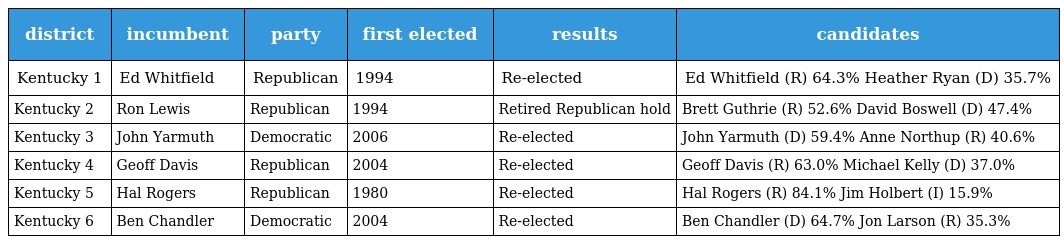
| district | incumbent | party | first elected | results | candidates |
 | --- | --- | --- | --- | --- | --- |
 | Kentucky 1 | Ed Whitfield | Republican | 1994 | Re-elected | Ed Whitfield (R) 64.3% Heather Ryan (D) 35.7% |
 | Kentucky 2 | Ron Lewis | Republican | 1994 | Retired Republican hold | Brett Guthrie (R) 52.6% David Boswell (D) 47.4% |
 | Kentucky 3 | John Yarmuth | Democratic | 2006 | Re-elected | John Yarmuth (D) 59.4% Anne Northup (R) 40.6% |
 | Kentucky 4 | Geoff Davis | Republican | 2004 | Re-elected | Geoff Davis (R) 63.0% Michael Kelly (D) 37.0% |
 | Kentucky 5 | Hal Rogers | Republican | 1980 | Re-elected | Hal Rogers (R) 84.1% Jim Holbert (I) 15.9% |
 | Kentucky 6 | Ben Chandler | Democratic | 2004 | Re-elected | Ben Chandler (D) 64.7% Jon Larson (R) 35.3% |